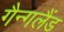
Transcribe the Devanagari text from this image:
गैन्गलैंड